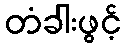
တံခါးဖွင့်